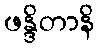
ဖန္ဒိတာနိ